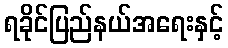
ရခိုင်ပြည်နယ်အရေးနှင့်